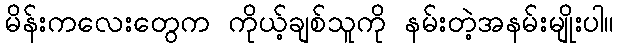
မိန်းကလေးတွေက ကိုယ့်ချစ်သူကို နမ်းတဲ့အနမ်းမျိုးပါ။